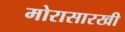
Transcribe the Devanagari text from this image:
मोरासारखी